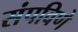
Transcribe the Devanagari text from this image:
संपविणे